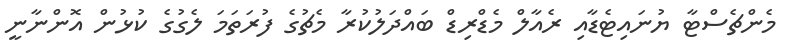
މެންޗެސްޓާ ޔުނައިޓެޑާއި ރެއާލް މެޑްރިޑް ބައްދަލުކުރާ މެޗުގެ ފުރަތަމަ ލެގުގެ ކުޅުން އޮންނާނީ